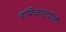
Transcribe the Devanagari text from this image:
वांशिकगटांपैकी